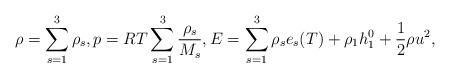
LaTeX: \begin{align*} \rho=\sum_{s=1}^3\rho_s, p=RT\sum_{s=1}^3\frac{\rho_s}{M_s}, E=\sum_{s=1}^3 \rho_s e_s(T)+\rho_1 h_1^0+\frac{1}{2}\rho u^2,\end{align*}